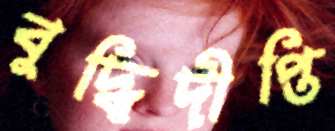
বুদ্ধিদীপ্তি